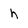
Character: h